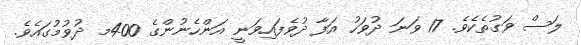
ލަސް ވަގުތެކެވެ. 17 ވަނަ ދުވަހު އަފާ ދުވެފައިވަނީ އަންހެނުންގެ 400މ ދުވުމުގައެވެ.